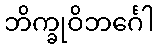
ဘိက္ခုဝိဘင်္ဂေါ